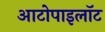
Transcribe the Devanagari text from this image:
आटोपाइलॉट